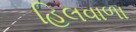
હિલવાળા